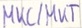
Text: MKC/MKT